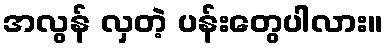
အလွန် လှတဲ့ ပန်းတွေပါလား။